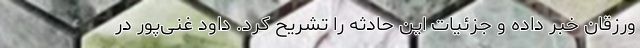
ورزقان خبر داده و جزئیات این حادثه را تشریح کرد. داود غنی‌پور در